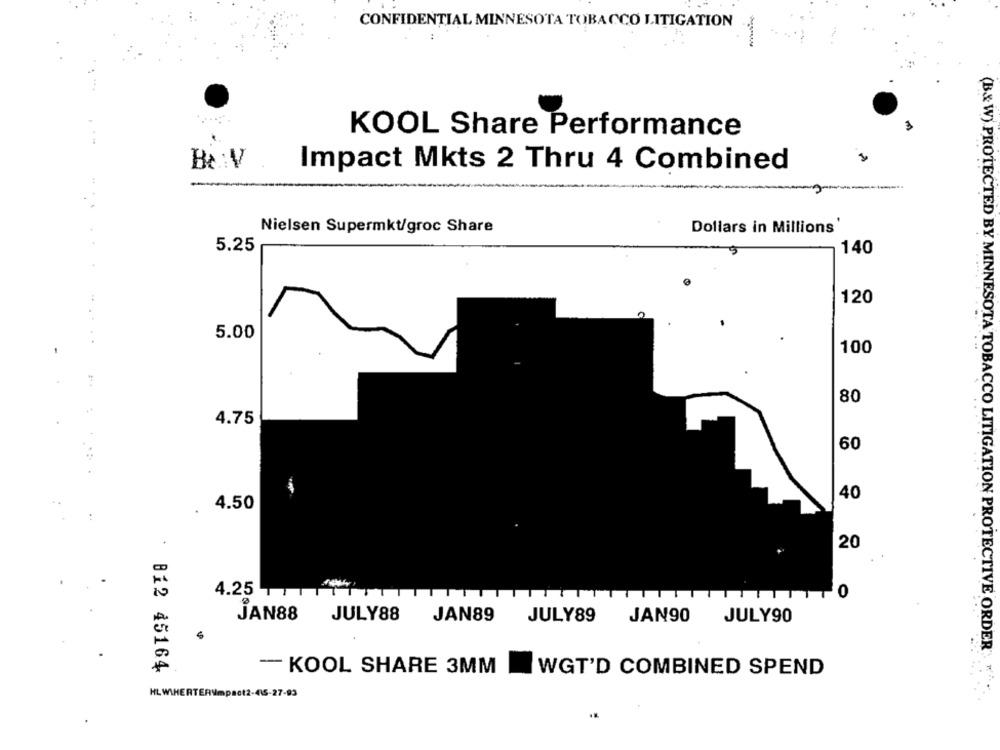
CONFIDENTIAL MINNESOTA TOBACCO LITIGATION
-
3
KOOL Share Performance
Be :V
Impact Mkts 2 Thru 4 Combined
Nielsen Supermkt/groc Share
Dollars in Millions'
. .
5.25
140
120
(B&W) PROTECTED BY MINNESOT
5.00
100
80
4.75
60
40
4.50
20
4.25
JAN88
JULY88
JAN89
JULY89 JAN90 JULY90
MINNESOTA TOBACCO LITIGATION PROTECTIVE ORDER
B12 45164
- KOOL SHARE 3MM
WGT'D COMBINED SPEND
HL WIHERTERImpact2-415-27-93